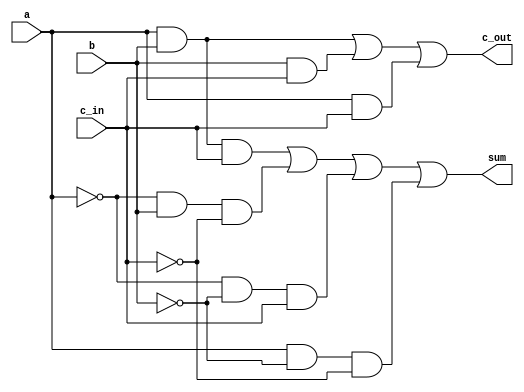
module full_adder(sum, c_out, a, b, c_in);
	input a, b, c_in;
	output sum, c_out;
	wire a_not, b_not, c_not;
	wire andout_1, andout_2, andout_3, andout_4, andout_5, andout_6, andout_7;
	
	not n1(a_not, a);
	not n2(b_not, b);
	not n3(c_not, c_in);
	
	and a1(andout_1, a, b, c_in);
	and a2(andout_2, a_not, b, c_not);
	and a3(andout_3, a_not, b_not, c_in);
	and a4(andout_4, a, b_not, c_not);
	
	and a5(andout_5, a, b);
	and a6(andout_6, b, c_in);
	and a7(andout_7, a, c_in);
	
	or o1(sum, andout_1, andout_2, andout_3, andout_4);
	or o2(c_out, andout_5, andout_6, andout_7);
endmodule